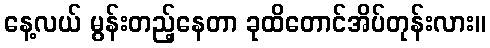
နေ့လယ် မွန်းတည့်နေတာ ခုထိတောင်အိပ်တုန်းလား။